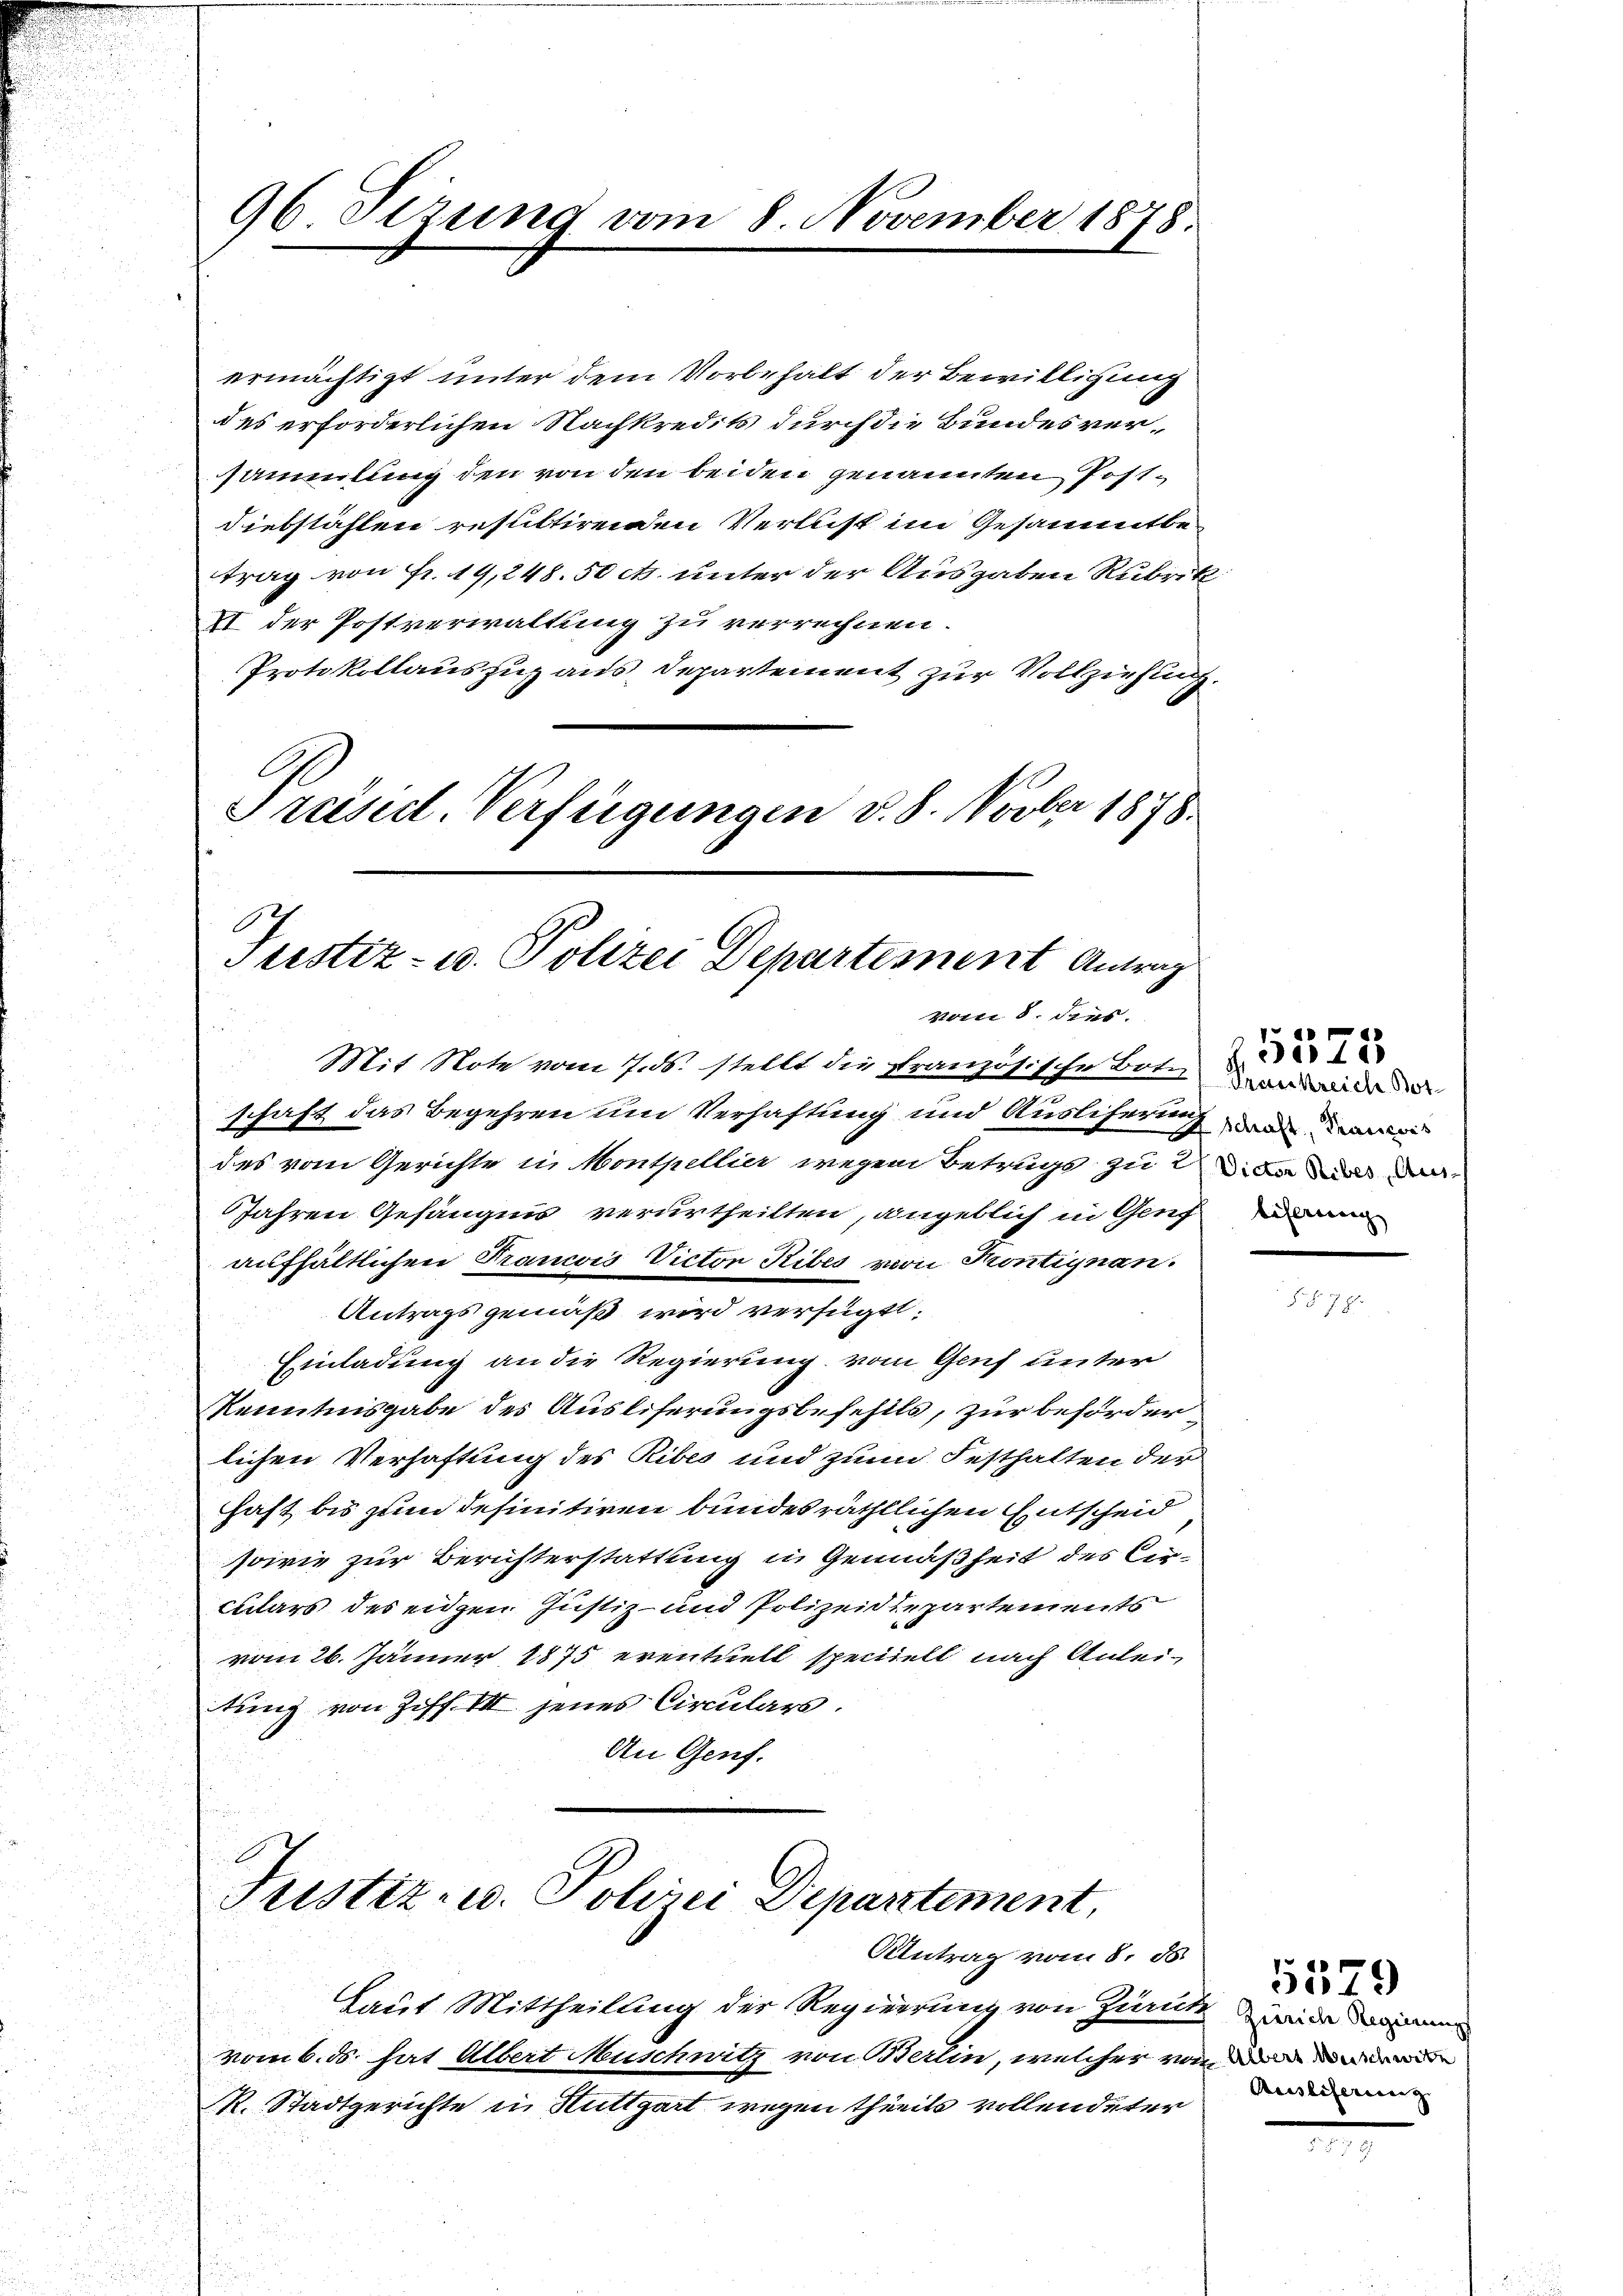
96. Sizung vom 8. November 1878.

ermächtigt unter dem Vorbehalt der Bewilligung
des erforderlichen Nachkredits durch die Bundesversammlung den von den beiden genannten Post¬
Diebstählen resultirenden Verlust im Gesammtbetrag von Fr. 19,248.50 cts. unter der Ausgaben Rubrik
II der Postverwaltung zu verrechnen.
Protokollauszug aus Departement zur Vollziehung.
Präsid. Verfügungen d. 8. Novber 1878.

e
Justiz- u. Polizei Departement Antrag
vom 8. dies

Justiz- u. Poliei Departement,

Antrag vom 8. ds.
Laut Mittheilung der Regierung von Zuruke
vom 6. ds. hat Albert Muschwitz von Stettin, welcher von de
R. Stadtgerichte in Ruttgart wegen theils vollendeter

Mit Note vom 7. ds. stellt die französische Bote
schaft das Begehren um Verhaftung und Auslieferung und
des vom Gerichte in Monthellier wegen Betrugs zu den den
Jahren Gefängnis verurtheilten, angeblich in Genf
aufhältlichen Francois Victor Ribes von Montignan.
Antrags gemäß wird verfügt:
Einladung an die Regierung vom Genf unter
Kenntnisgabe des Ausliferungsbefehils, zur beförderlichen Verhaftung des Ribes und zum Festhalten der
hast bis zum definitiven bundes rächtlichen Entscheid
sowie zur Berichterstattung in Gemäßheit des Circulars des eigen Justiz- und Polizeidepartements
vom 26. Jänner 1875 eventuell speciell nach Anleitung von Ziff. VII jenes Circulars.
An Genf.

Praenkreiche Not-

1

Zürich Regierungs
Aristiferirenz |

5579